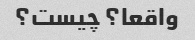
واقعا؟ چیست؟